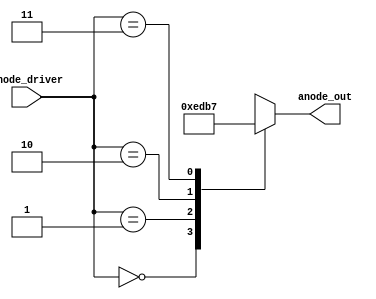
module anode_mux(
    input [1:0] anode_driver,
    output reg [3:0] anode_out
    );
    
    always @(*) //4-1 mux to  increment to drive each anode one quarter of the time. 
    begin
        case(anode_driver)
            2'b00: anode_out = 4'b1110;
            2'b01: anode_out = 4'b1101;
            2'b10: anode_out = 4'b1011;
            2'b11: anode_out = 4'b0111;
        endcase
    end
    
    
endmodule